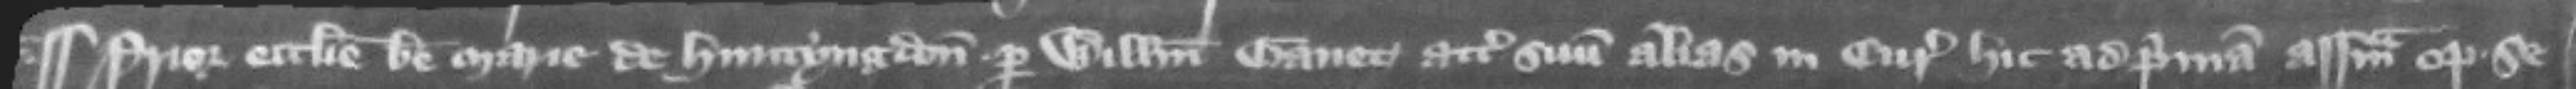
¶ Prior ecclesie beate Marie de Huntyngdon per Willemum Ganet attornatum suum alias in curia hie ad primam assisam optulit se